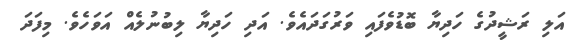
އަލި ރަޝީދުގެ ހަދިޔާ ބޮޑުވެފައި ވަރުގަދައެވެ. އަދި ހަދިޔާ ލިބުނުލެއް އަވަހެވެ. މިފަދަ